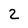
Character: 2